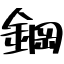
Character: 鋼